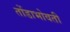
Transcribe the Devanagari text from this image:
तोंडाभोवती